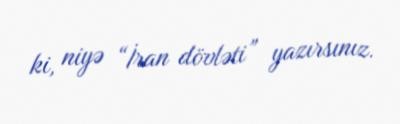
ki, niyə “İran dövləti” yazırsınız.